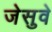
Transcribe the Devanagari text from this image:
जेसुवे